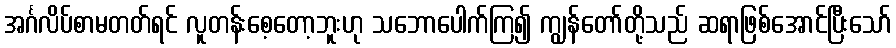
အင်္ဂလိပ်စာမတတ်ရင် လူတန်းစေ့တော့ဘူးဟု သဘောပေါက်ကြ၍ ကျွန်တော်တို့သည် ဆရာဖြစ်အောင်ပြီးသော်